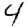
Digit: 4